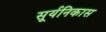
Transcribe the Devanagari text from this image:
सूर्यनिकास